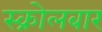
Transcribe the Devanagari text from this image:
स्क्रोलबार